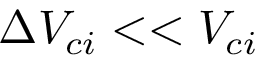
\Delta V _ { c i } < < V _ { c i }